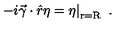
\left. - i \vec { \gamma } \cdot \hat { r } \eta = \eta \right| _ { \mathrm { r = R } } \ .